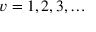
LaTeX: v = 1 , 2 , 3 , \dots